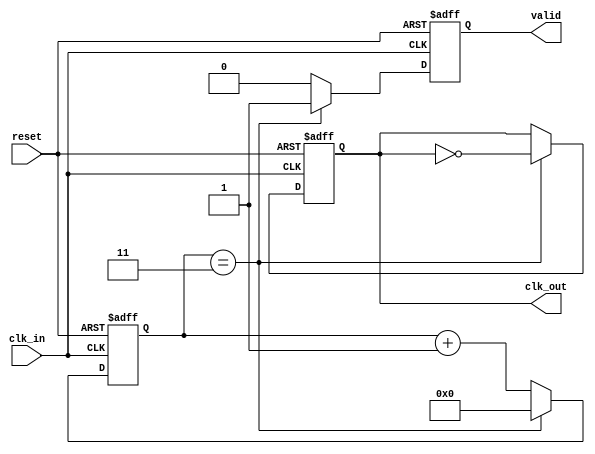
module clock_divider_buffer #(
    parameter DIV_FACTOR = 4 // Default division factor, can be overridden
)(
    input wire clk_in,       // Input clock signal
    input wire reset,        // Asynchronous reset signal
    output reg clk_out,      // Output clock signal
    output reg valid         // Output valid signal
);

    // Internal counter
    reg [31:0] counter;      // Sufficient width to count up to DIV_FACTOR

    always @(posedge clk_in or posedge reset) begin
        if (reset) begin
            counter <= 0;    // Reset counter
            clk_out <= 0;    // Reset output clock
            valid <= 0;      // Reset valid signal
        end else begin
            if (counter == (DIV_FACTOR - 1)) begin
                clk_out <= ~clk_out; // Toggle output clock
                valid <= 1;           // Indicate output clock is valid
                counter <= 0;         // Reset counter
            end else begin
                counter <= counter + 1; // Increment counter
                valid <= 0;              // Output clock not valid during counting
            end
        end
    end

endmodule